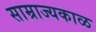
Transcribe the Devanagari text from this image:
साम्राज्यकाळ